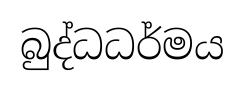
බුද්ධධර්මය